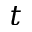
t